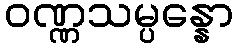
ဝဏ္ဏသမ္ပန္နော